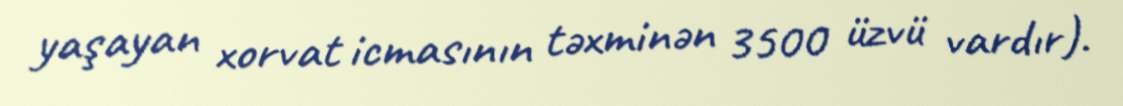
yaşayan xorvat icmasının təxminən 3500 üzvü vardır).